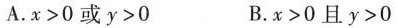
A.$$x > 0$$或$$y > 0$$ B.$$x > 0$$且$$y > 0$$